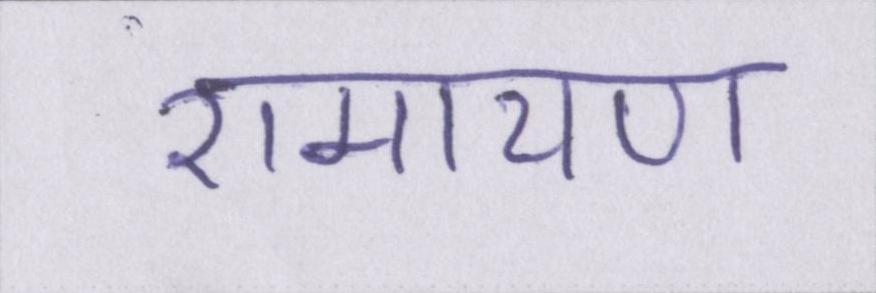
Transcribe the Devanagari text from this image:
रामायण